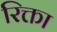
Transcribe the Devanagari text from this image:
रिक्ता